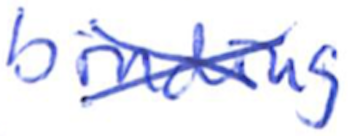
Text: binding
Cross-out: cross
Writing tool: ballpoint